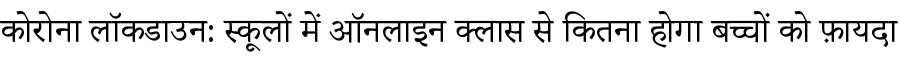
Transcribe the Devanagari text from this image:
कोरोना लॉकडाउन: स्कूलों में ऑनलाइन क्लास से कितना होगा बच्चों को फ़ायदा